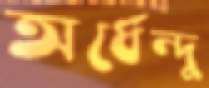
অর্ধেন্দু